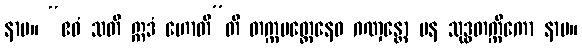
နာမ။ “ဧဝံ သတိ ဣဒံ ဟောတီ”တိ တက္ကမတ္တေနေဝ ဂဏှန္တော ပန သုဒ္ဓတက္ကိကော နာမ။